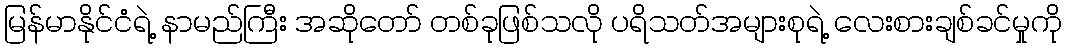
မြန်မာနိုင်ငံရဲ့ နာမည်ကြီး အဆိုတော် တစ်ခုဖြစ်သလို ပရိသတ်အများစုရဲ့ လေးစားချစ်ခင်မှုကို